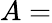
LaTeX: A=